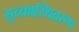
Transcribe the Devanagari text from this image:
सुव्यवस्थितरूप